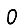
Digit: 0